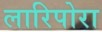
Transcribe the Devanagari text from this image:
लारिपोरा